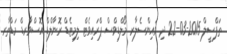
ތަފްސީލް 2015-03-22 ދި ވައިންސެލާރ މޯލްޑިވްސް ޕްރައިވެޓް ލިމިޓެޑް ރޮނާލްޑް އޮސްވާރޑް މަޑްތާރ